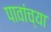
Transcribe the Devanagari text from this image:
पावांच्या